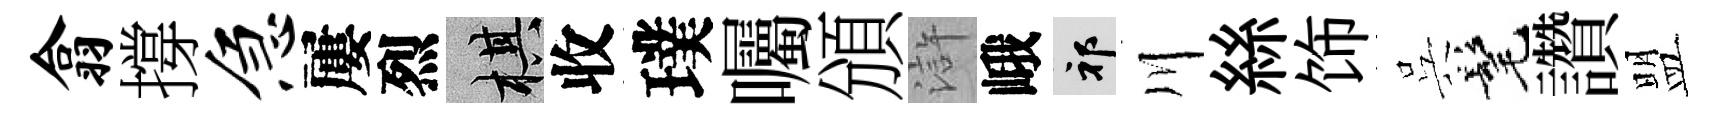
翕撐急屢烈棋收璞囑頒滸峨祁川絲饰呉髦讚盟